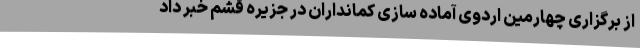
از برگزاری چهارمین اردوی آماده سازی کمانداران در جزیره قشم خبر داد